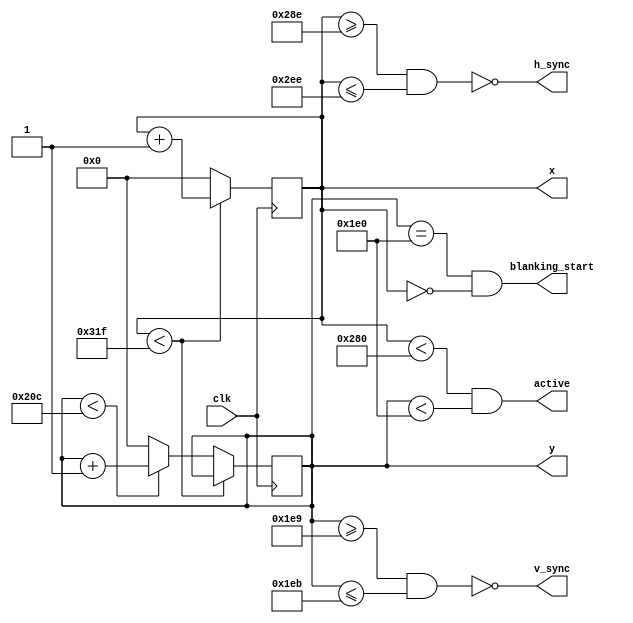
module vga(input wire clk,
		   output wire h_sync,
		   output wire v_sync,
		   output wire active,
		   output wire blanking_start,
		   output reg [9:0] x,
		   output reg [9:0] y
);

	localparam H_ACTIVE = 640;
	localparam H_FP = 15;
	localparam H_SYNC = 96;
	localparam H_BP = 48;
	localparam HS_START = H_ACTIVE + H_FP - 1;
	localparam HS_END = H_ACTIVE + H_FP + H_SYNC - 1;
	localparam H_LINE = H_ACTIVE + H_FP + H_SYNC + H_BP;

	localparam V_ACTIVE = 480;
	localparam V_FP = 10;
	localparam V_SYNC = 2;
	localparam V_BP = 32;
	localparam VS_START = V_ACTIVE + V_FP - 1;
	localparam VS_END = VS_START + V_SYNC;
	localparam V_LINE = V_ACTIVE + V_FP + V_SYNC + V_BP;

	assign h_sync = ~((x >= HS_START) & (x <= HS_END));
	assign v_sync = ~((y >= VS_START) & (y <= VS_END));

	assign active = (x < H_ACTIVE && y < V_ACTIVE);
	assign blanking_start = (y == V_ACTIVE) && (x == 0);

	always @(posedge clk) begin

		if(x < H_LINE) begin
			x <= x + 10'd1;
		end
		else begin
			x <= 10'd0;
			if(y < V_LINE) begin
				y <= y + 10'd1;
			end
			else begin
				y <= 10'd0;
			end
		end
	end
	
endmodule